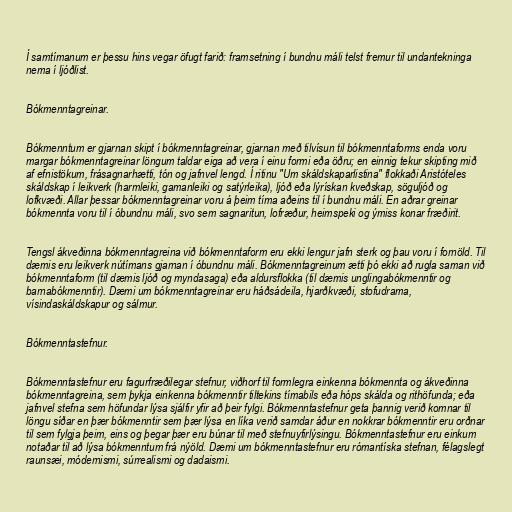
Í samtímanum er þessu hins vegar öfugt farið: framsetning í bundnu máli telst fremur til undantekninga
nema í ljóðlist.

Bókmenntagreinar.

Bókmenntum er gjarnan skipt í bókmenntagreinar, gjarnan með tilvísun til bókmenntaforms enda voru
margar bókmenntagreinar löngum taldar eiga að vera í einu formi eða öðru; en einnig tekur skipting mið
af efnistökum, frásagnarhætti, tón og jafnvel lengd. Í ritinu "Um skáldskaparlistina" flokkaði Aristóteles
skáldskap í leikverk (harmleiki, gamanleiki og satýrleika), ljóð eða lýrískan kveðskap, söguljóð og
lofkvæði. Allar þessar bókmenntagreinar voru á þeim tíma aðeins til í bundnu máli. En aðrar greinar
bókmennta voru til í óbundnu máli, svo sem sagnaritun, lofræður, heimspeki og ýmiss konar fræðirit.

Tengsl ákveðinna bókmenntagreina við bókmenntaform eru ekki lengur jafn sterk og þau voru í fornöld. Til
dæmis eru leikverk nútímans gjarnan í óbundnu máli. Bókmenntagreinum ætti þó ekki að rugla saman við
bókmenntaform (til dæmis ljóð og myndasaga) eða aldursflokka (til dæmis unglingabókmenntir og
barnabókmenntir). Dæmi um bókmenntagreinar eru háðsádeila, hjarðkvæði, stofudrama,
vísindaskáldskapur og sálmur.

Bókmenntastefnur.

Bókmenntastefnur eru fagurfræðilegar stefnur, viðhorf til formlegra einkenna bókmennta og ákveðinna
bókmenntagreina, sem þykja einkenna bókmenntir tiltekins tímabils eða hóps skálda og rithöfunda; eða
jafnvel stefna sem höfundar lýsa sjálfir yfir að þeir fylgi. Bókmenntastefnur geta þannig verið komnar til
löngu síðar en þær bókmenntir sem þær lýsa en líka verið samdar áður en nokkrar bókmenntir eru orðnar
til sem fylgja þeim, eins og þegar þær eru búnar til með stefnuyfirlýsingu. Bókmenntastefnur eru einkum
notaðar til að lýsa bókmenntum frá nýöld. Dæmi um bókmenntastefnur eru rómantíska stefnan, félagslegt
raunsæi, módernismi, súrrealismi og dadaismi.